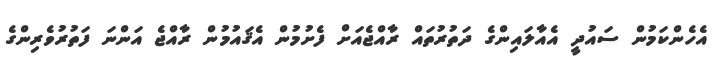
އެހެންކަމުން ސައުދީ އެއާލައިންގެ ދަތުރުތައް ރާއްޖެއަށް ފެށުމުން އެޤައުމުން ރާއްޖެ އަންނަ ފަތުރުވެރިންގެ